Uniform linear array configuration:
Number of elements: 16
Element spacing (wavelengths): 1
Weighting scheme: hamming
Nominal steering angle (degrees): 15
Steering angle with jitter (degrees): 15.854
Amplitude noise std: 0.05
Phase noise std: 0.05

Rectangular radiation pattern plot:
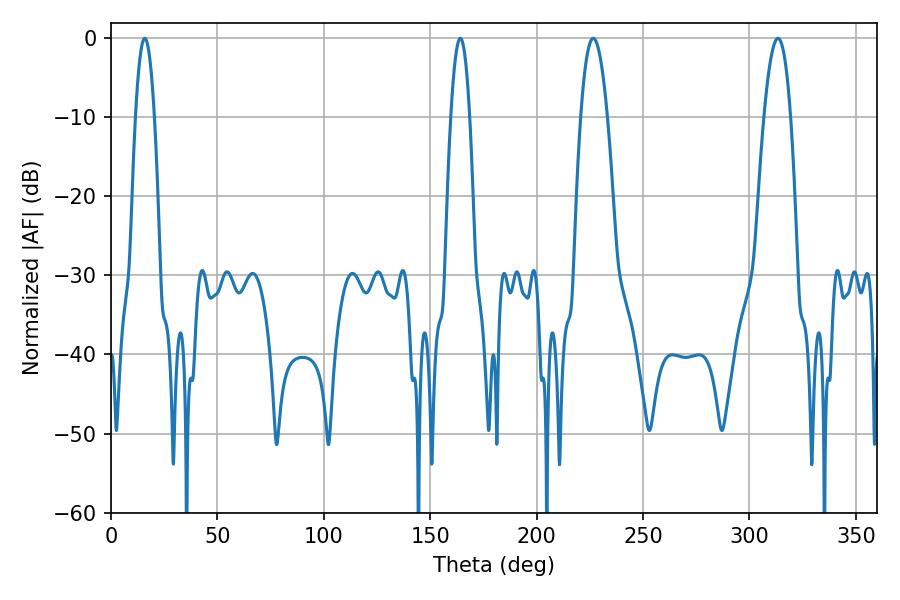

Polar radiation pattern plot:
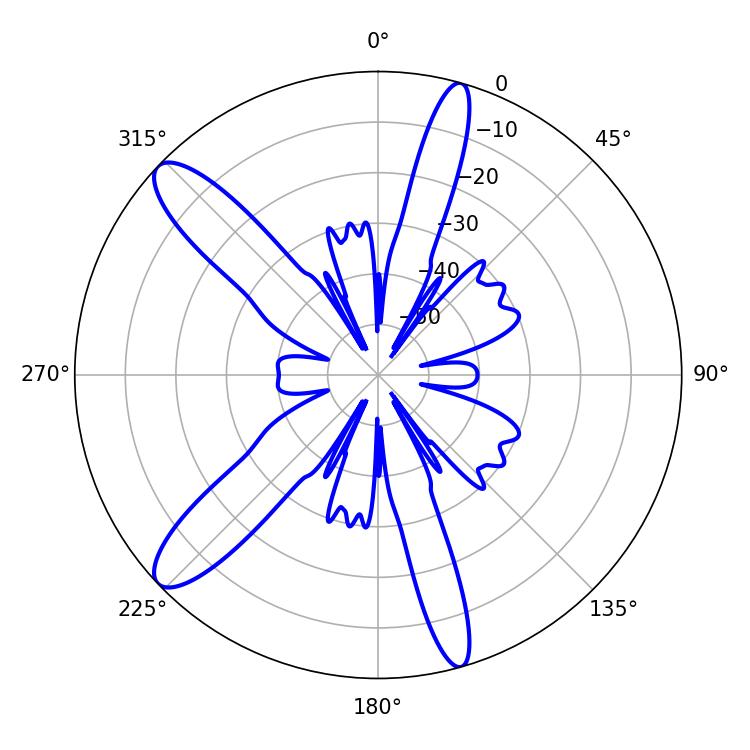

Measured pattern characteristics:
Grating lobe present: TRUE
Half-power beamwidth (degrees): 7.02
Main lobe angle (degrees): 226.62